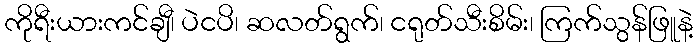
ကိုရီးယားကင်ချီ၊ ပဲငပိ၊ ဆလတ်ရွက်၊ ငရုတ်သီးစိမ်း၊ ကြက်သွန်ဖြူနဲ့